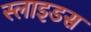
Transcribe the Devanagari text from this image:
स्‍लाइडस